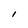
Character: l